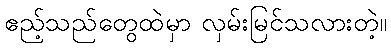
ဧည့်သည်တွေထဲမှာ လှမ်းမြင်သလားတဲ့။